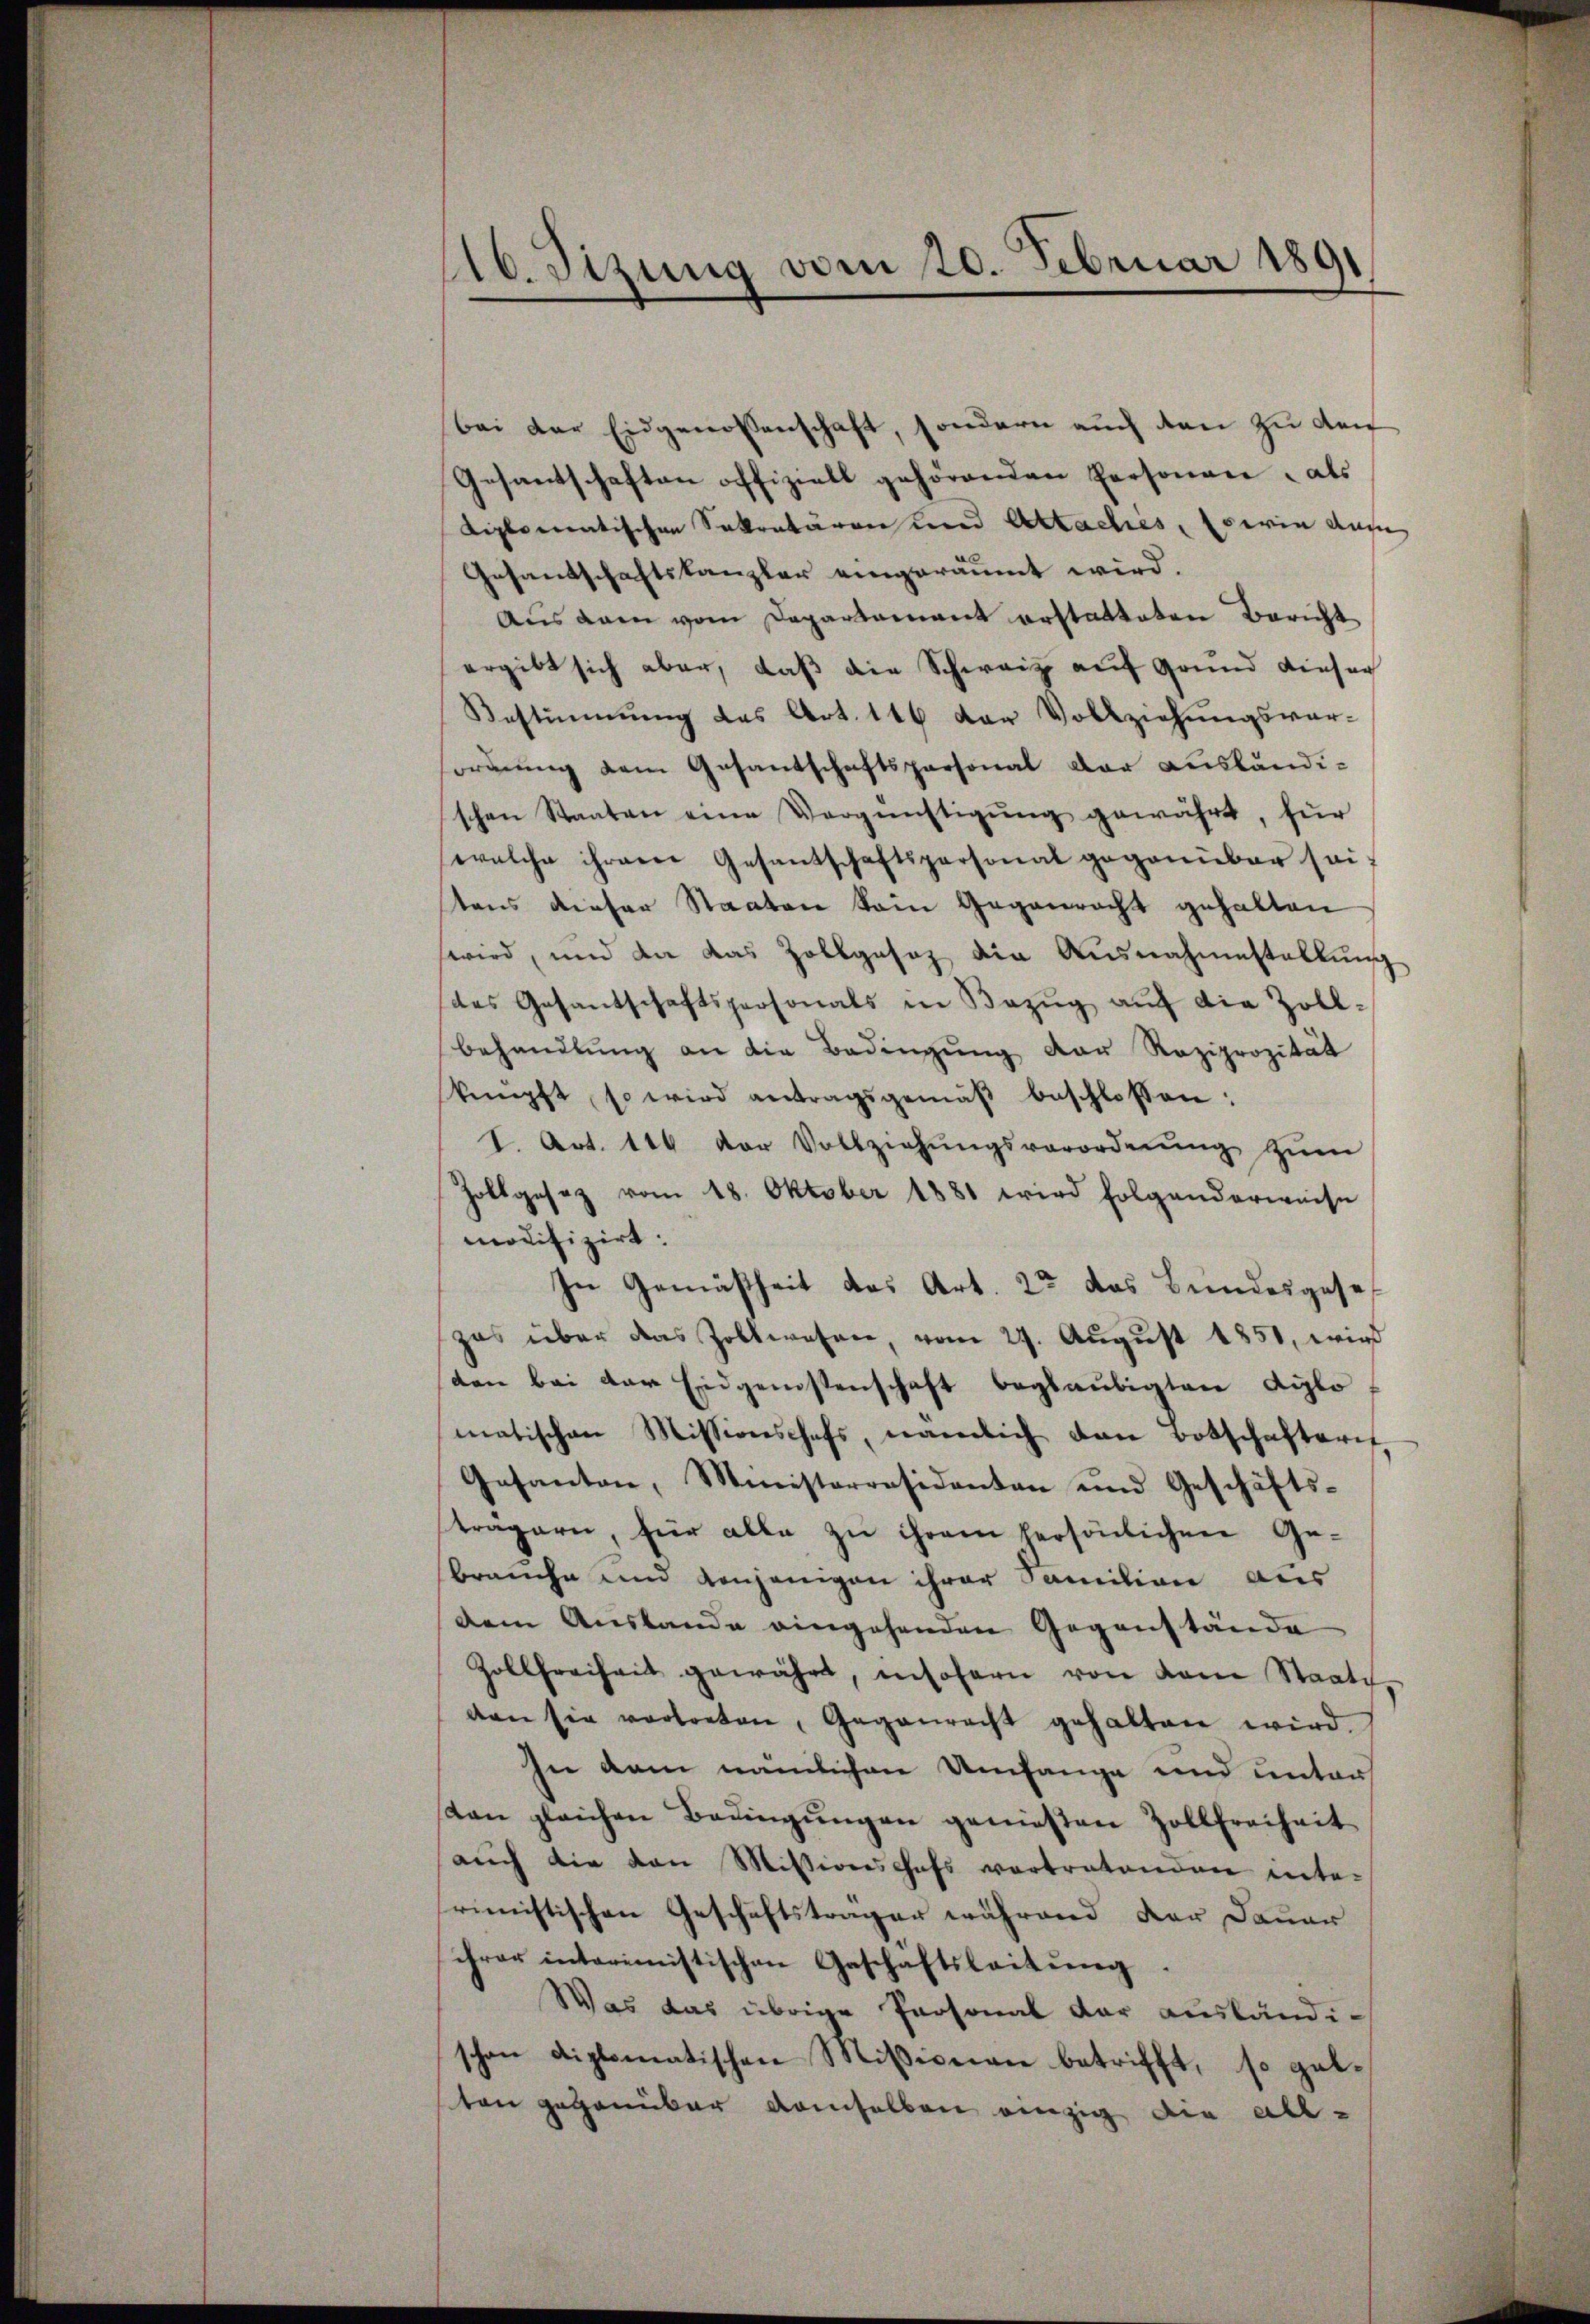
Abeizung vom 20. Februar 1891

bei der Eidgenossenschaft, sondern auch den zu der
Gesantschaften offiziell gehörenden Personare, als
diplomatischen Sekretären und Attachies, Eserin aufe
Gesandschaftskanzler eingeräumt wird.
Aus dem vom Departamant erstatteten Bericht
ergibt sich aber, daß die Schweiz auf Grund dieser
Bestimmung des Art. 146 der Vollziehungsver-
ordŭng dem Gesandschaftspersonal dar ausländischen Staaten eine Vergünstigŭng gewährt, für
welche ihrem Gesandschaftspersonal gegenüber sei
tens dieser Staaten kein Gegenrecht gehalten
wird, und da das Zollgesetz die Ausnahmestellung
(das Gesandschaftspersonals in Bezŭg aŭf die Zoll-
behandlung an die Bedingung der Reziprozität
knüpft, so wird antragsgemäβ beschlossen:
I. Art. 116 der Vollziehŭngsverordnŭng zŭm
Zollgesez vom 18. Oktober 1881 wird folgenderweise
modifizirt.
In Gemäßheit des Art. 23 das Bundesgesezes über das Zollwesen, vom 27. August 1851, wird
den bei der Eidgenossenschaft beglaubigten Kilo
matischen Missionschefs, nämlich dann Botschaftern
Gesanton, Ministerresidenten und Geschäfts-
trägern, für alle zu ihrem persönlichen Gebrauche und denjenigen ihrer Familien aus
dem Austande eingehenden Gegenstände
Zollfreiheit gewährt, insofern von dem Staats
den sie vortreten, Gegenrecht gehalten wird.
In dem nämlichen Umfange und unter
sten gleichen Bedingŭngen genießen Zollfreiheit
auch die von Missionschefs vertratenden inte-
rimistischen Geschäftsträger während der Dauer
ihrer interimistischen Geschäftsleitŭng.
Was das übrige Personal der ausländi-
schon diplomatischen Mißionau betrifft, so gelten gegenüber demselben einzig die all-